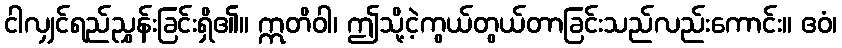
ငါလျှင်ရည်ညွှန်းခြင်းရှိ၏။ ဣတိဝါ၊ ဤသို့ငဲ့ကွယ်တွယ်တာခြင်းသည်လည်းကောင်း။ ဧဝံ၊